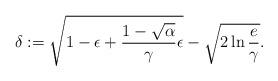
LaTeX: \begin{align*}\delta:=\sqrt{1-\epsilon+\frac{1-\sqrt{\alpha}}{\gamma}\epsilon}- \sqrt{2\ln \frac{e}{\gamma}}.\end{align*}